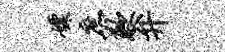
嫖庶歉弁